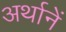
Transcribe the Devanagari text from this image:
अर्थानें